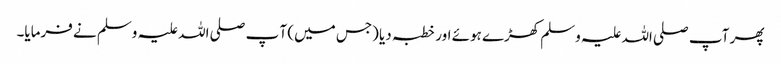
پھر آپ صلی اللہ علیہ وسلم کھڑے ہوئے اور خطبہ دیا (جس میں) آ پ صلی اللہ علیہ وسلم نے فرمایا۔